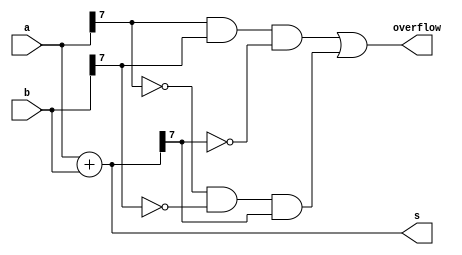
//
//
// https://hdlbits.01xz.net/wiki/Exams/ece241_2014_q1c
//
//

`default_nettype none

module top_module (
    input   [7:0]   a,
    input   [7:0]   b,
    output  [7:0]   s,
    output          overflow
);

    assign s        = a + b;
    assign overflow = (a[7] & b[7] & ~s[7]) | (~a[7] & ~b[7] & s[7]);
endmodule